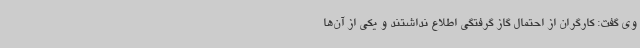
وی گفت: کارگران از احتمال گاز گرفتگی اطلاع نداشتند و یکی از آن‌ها